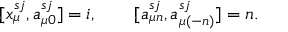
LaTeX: [ x _ { \mu } ^ { s j } , a _ { \mu 0 } ^ { s j } ] = i , \qquad [ a _ { \mu n } ^ { s j } , a _ { \mu ( - n ) } ^ { s j } ] = n .